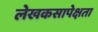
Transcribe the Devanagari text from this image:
लेखकसापेक्षता